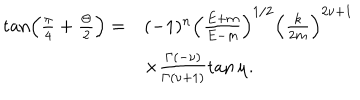
\begin{array} { r l } { { \tan \left( \frac { \pi } { 4 } + \frac { \Theta } { 2 } \right) = } } & { { ( - 1 ) ^ { n } \left( \frac { E + m } { E - m } \right) ^ { 1 / 2 } \left( \frac { k } { 2 m } \right) ^ { 2 \nu + 1 } } } \\ { { } } & { { \times \frac { \Gamma ( - \nu ) } { \Gamma ( \nu + 1 ) } \tan \mu . } } \\ \end{array}